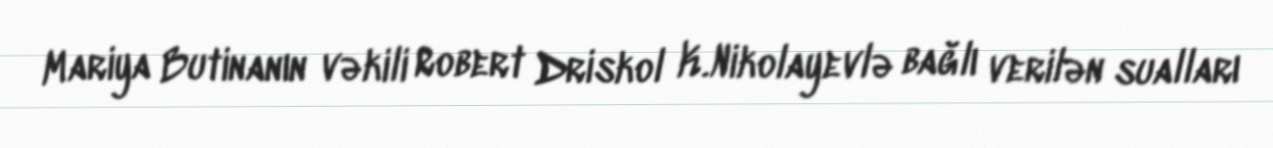
Mariya Butinanın vəkili Robert Driskol K.Nikolayevlə bağlı verilən sualları